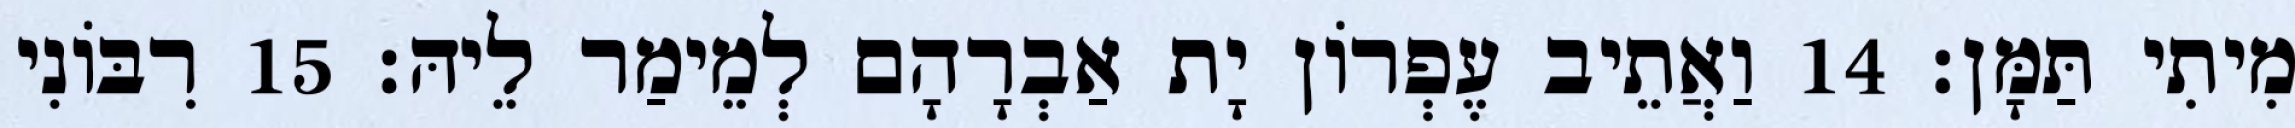
מִיתִי תַּמָּן׃ 14 וַאֲתֵיב עֶפְרוֹן יָת אַבְרָהָם לְמֵימַר לֵיהּ׃ 15 רִבּוֹנִי